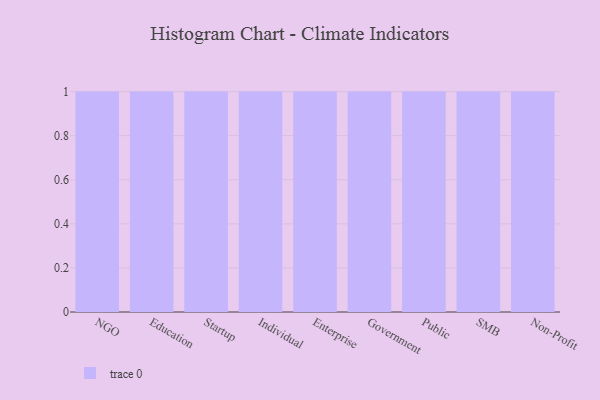
{"axis": {"x": "Segment", "y": "Bounce Rate (%)"}, "legend": [""], "data": [{"x": "NGO", "y": 82, "type": ""}, {"x": "Education", "y": 69, "type": ""}, {"x": "Startup", "y": 5, "type": ""}, {"x": "Individual", "y": 64, "type": ""}, {"x": "Enterprise", "y": 63, "type": ""}, {"x": "Government", "y": 69, "type": ""}, {"x": "Public", "y": 4, "type": ""}, {"x": "SMB", "y": 44, "type": ""}, {"x": "Non-Profit", "y": 9, "type": ""}]}